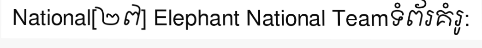
National[២៧] Elephant National Teamទំព័រគំរូ: